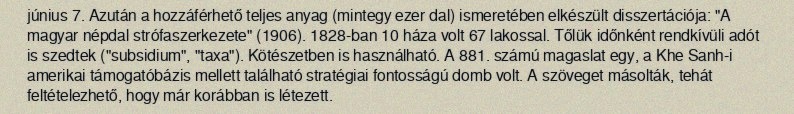
június 7. Azután a hozzáférhető teljes anyag (mintegy ezer dal) ismeretében elkészült disszertációja: "A magyar népdal strófaszerkezete" (1906). 1828-ban 10 háza volt 67 lakossal. Tőlük időnként rendkívüli adót is szedtek ("subsidium", "taxa"). Kötészetben is használható. A 881. számú magaslat egy, a Khe Sanh-i amerikai támogatóbázis mellett található stratégiai fontosságú domb volt. A szöveget másolták, tehát feltételezhető, hogy már korábban is létezett.